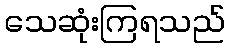
သေဆုံးကြရသည်